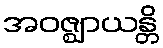
အဝဇ္ဈာယန္တိ